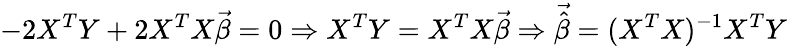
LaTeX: -2X^{T}Y+2X^{T}X{\vec{\beta}}=0\Rightarrow X^{T}Y=X^{T}X{\vec{\beta}}\Rightarrow{\vec{\hat{\beta}}}=(X^{T}X)^{-1}X^{T}Y